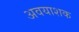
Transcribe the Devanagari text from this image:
अवयाशक